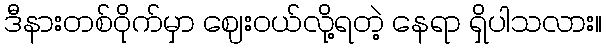
ဒီနားတစ်ဝိုက်မှာ ဈေးဝယ်လို့ရတဲ့ နေရာ ရှိပါသလား။